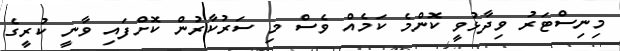
މިނިސްޓަރު ވިދާޅުވީ ކޮންމެ ކަމެއް ވެސް މި ސަރުކާރުން ކޮށްފައި ވާނީ ކުރީގެ